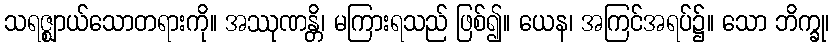
သရဇ္ဈာယ်သောတရားကို။ အဿုဏန္တိ၊ မကြားရသည် ဖြစ်၍။ ယေန၊ အကြင်အရပ်၌။ သော ဘိက္ခု၊